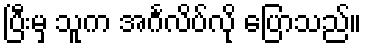
ပြီးမှ သူက အင်္ဂလိပ်လို ပြောသည်။